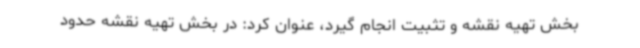
بخش تهیه نقشه و تثبیت انجام گیرد، عنوان کرد: در بخش تهیه نقشه حدود